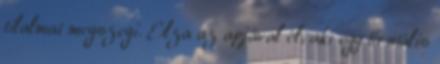
tilalmat megszegi. Elza az apjával él, aki egy brutális